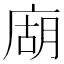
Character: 𢉢